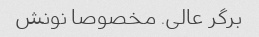
برگر عالی. مخصوصا نونش